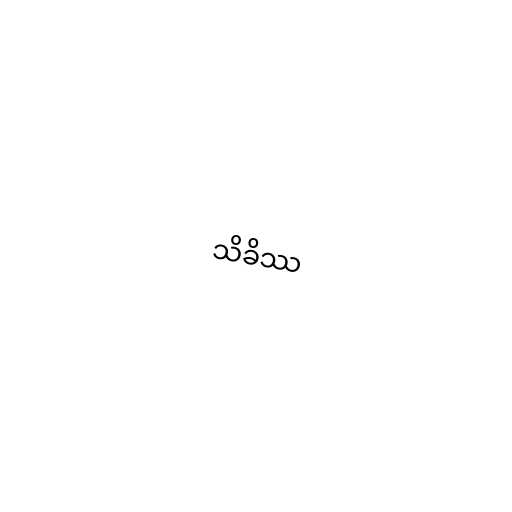
သိခိဿ